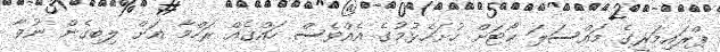
ޕްރައިމަރީގެ މައްސަލަ ކޯޓަށް ހުށަހެޅުމުގެ އެއްވެސް ހައްޤެއް ރަހްމާ އަށް ލިބިގެން ނުވާ